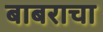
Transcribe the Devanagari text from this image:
बाबराचा